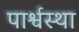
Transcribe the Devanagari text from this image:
पार्श्वस्था